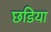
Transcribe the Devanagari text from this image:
छडिया